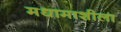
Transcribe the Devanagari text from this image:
मधामाशीला